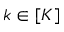
k \in [ K ]